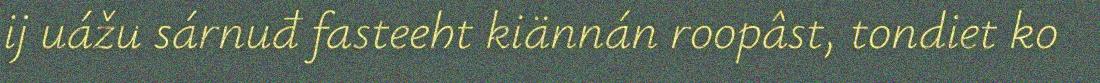
ij uážu sárnuđ fasteeht kiännán roopâst, tondiet ko